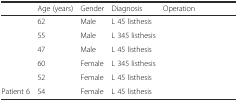
<table><thead><tr><td>[EMPTY_CELL]</td><td><b>Age (years)</b></td><td><b>Gender</b></td><td><b>Diagnosis</b></td><td><b>Operation</b></td></tr></thead><tbody><tr><td>[EMPTY_CELL]</td><td>62</td><td>Male</td><td>L 45 listhesis</td><td>[EMPTY_CELL]</td></tr><tr><td>[EMPTY_CELL]</td><td>55</td><td>Male</td><td>L 345 listhesis</td><td>[EMPTY_CELL]</td></tr><tr><td>[EMPTY_CELL]</td><td>47</td><td>Male</td><td>L 45 listhesis</td><td>[EMPTY_CELL]</td></tr><tr><td>[EMPTY_CELL]</td><td>60</td><td>Female</td><td>L 345 listhesis</td><td>[EMPTY_CELL]</td></tr><tr><td>[EMPTY_CELL]</td><td>52</td><td>Female</td><td>L 45 listhesis</td><td>[EMPTY_CELL]</td></tr><tr><td>Patient 6</td><td>54</td><td>Female</td><td>L 45 listhesis</td><td>[EMPTY_CELL]</td></tr></tbody></table>